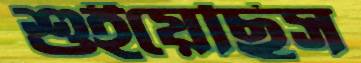
শুইয়েছিস